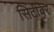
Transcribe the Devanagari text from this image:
सिटीवर